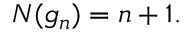
N ( g _ { n } ) = n + 1 .